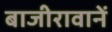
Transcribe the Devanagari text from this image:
बाजीरावानें